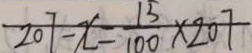
2 0 7 - x = \frac { 1 5 } { 1 0 0 } \times 2 0 7